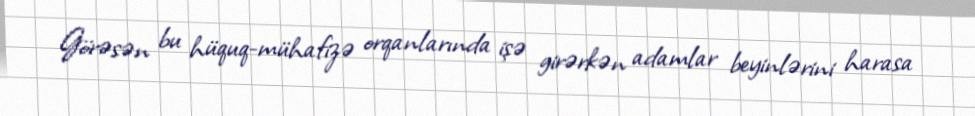
Görəsən bu hüquq-mühafizə orqanlarında işə girərkən adamlar beyinlərini harasa